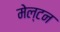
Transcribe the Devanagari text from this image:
मेल्टन